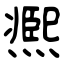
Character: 凞